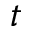
t